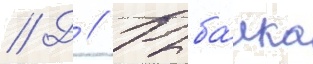
// Д // Рыба́лка